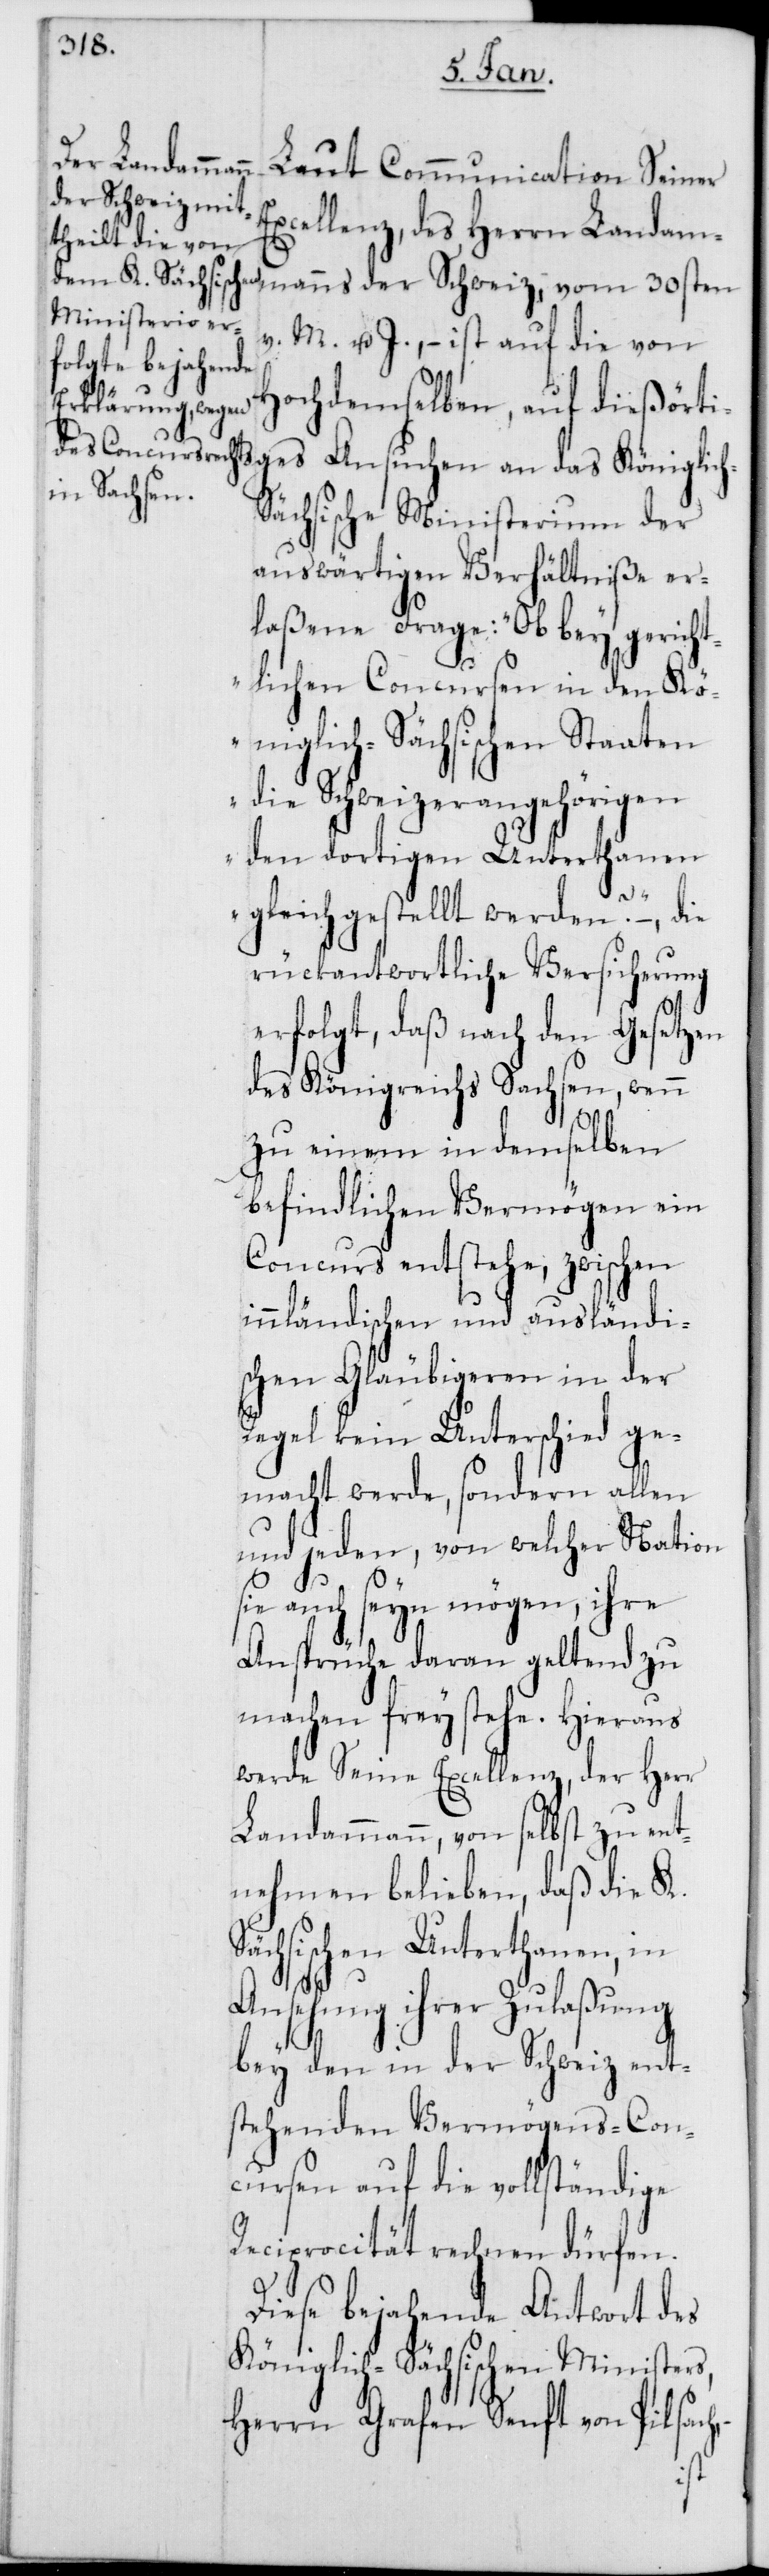
Laut Communication Seiner
der Schweiz,
Excellenz, des Herrn Landamm¬
S¬
v. M. u. J., – ist auf die von
Hochdemselben, auf dießörti¬
ges Ansuchen an das Königlic¬
ächsische Ministerium der
auswärtigen Verhältniße er¬
laßene Frage: „Ob bey gericht¬
lichen Concursen in den Kö¬
niglich-Sächsischen Staaten
die Schweizerangehörigen
den dortigen Unterthanen
gleichgestellt werden?“ –, die
rückantwortliche Versicherung
erfolgt, daß nach den Gesetzen
des Königreichs Sachsen, wenn
h, –
zu einem in demselben
befindlichen Vermögen ein
Concurs entstehe, zwischen
innländischen und ausländi¬
schen Gläubigeren in der
Regel kein Unterschied ge¬
macht werde, sondern allen
und jeden, von welcher Nation
sie auch seyn mögen, ihre
Ansprüche daran geltend zu
machen freystehe. Hieraus
werde Seine Excellenz, der Herr
Landammann, von selbst zu ent¬
nehmen belieben, daß die K.
ächsischen Unterthanen, in
Ansehung ihrer Zulaßung
bey den in der Schweiz ent¬
stehenden Vermögens-Con¬
cursen auf die vollständige
Reciprocität rechnen dürfen.
Diese bejahende Antwort des
Königlich-Sächsischen Ministers,
Herrn Grafen Senft von Pilsac¬